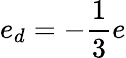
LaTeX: e_{d}=-\frac{1}{3}e